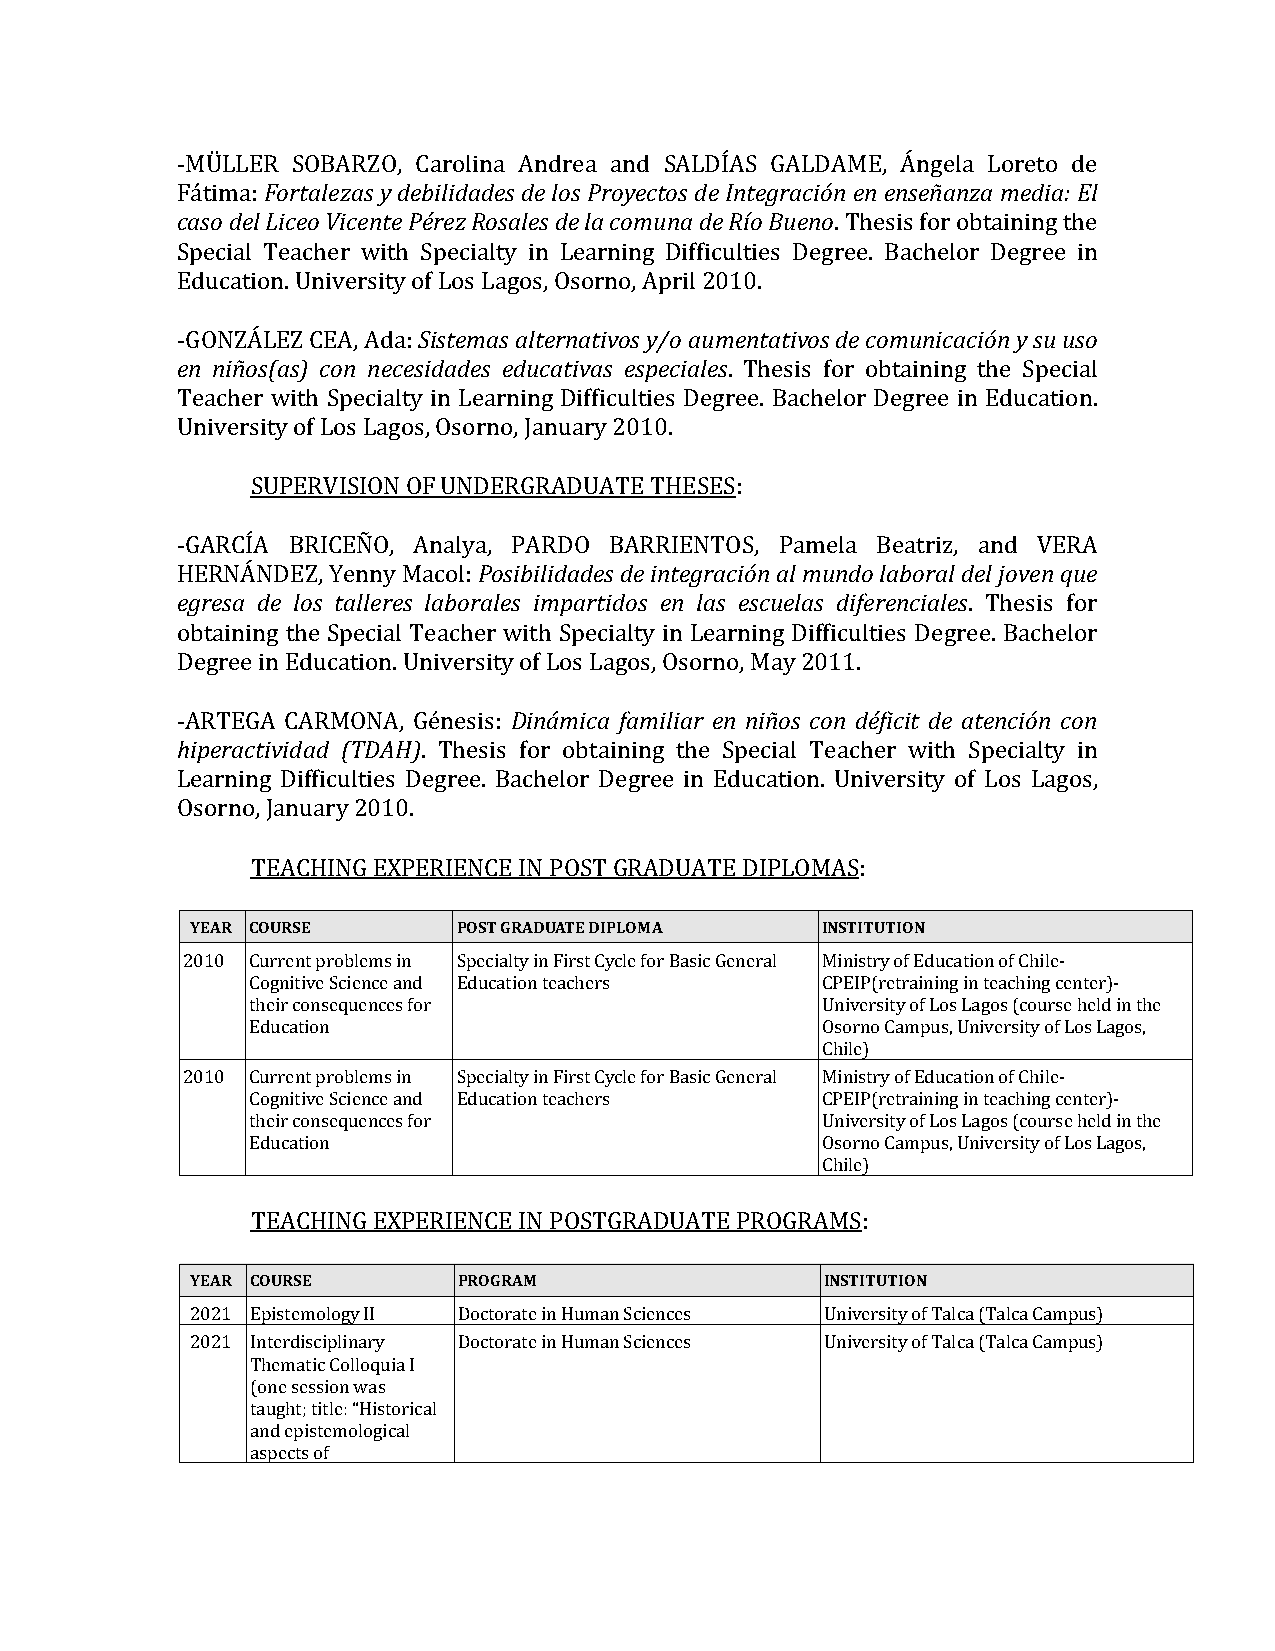
-MÜLLER SOBARZO, Carolina Andrea and SALDÍAS GALDAME, Ángela Loreto de
 Fátima: Fortalezas y debilidades de los Proyectos de Integración en enseñanza media: El
 caso del Liceo Vicente Pérez Rosales de la comuna de Río Bueno. Thesis for obtaining the
 Special Teacher with Specialty in Learning Difficulties Degree. Bachelor Degree in
 Education. University of Los Lagos, Osorno, April 2010.
 -GONZÁLEZ CEA, Ada: Sistemas alternativos y/o aumentativos de comunicación y su uso
 en niños(as) con necesidades educativas especiales. Thesis for obtaining the Special
 Teacher with Specialty in Learning Difficulties Degree. Bachelor Degree in Education.
 University of Los Lagos, Osorno, January 2010.
 SUPERVISION OF UNDERGRADUATE THESES:
 -GARCÍA BRICEÑO, Analya, PARDO BARRIENTOS, Pamela Beatriz, and VERA
 HERNÁNDEZ, Yenny Macol: Posibilidades de integración al mundo laboral del joven que
 egresa de los talleres laborales impartidos en las escuelas diferenciales. Thesis for
 obtaining the Special Teacher with Specialty in Learning Difficulties Degree. Bachelor
 Degree in Education. University of Los Lagos, Osorno, May 2011.
 -ARTEGA CARMONA, Génesis: Dinámica familiar en niños con déficit de atención con
 hiperactividad (TDAH). Thesis for obtaining the Special Teacher with Specialty in
 Learning Difficulties Degree. Bachelor Degree in Education. University of Los Lagos,
 Osorno, January 2010.
 TEACHING EXPERIENCE IN POST GRADUATE DIPLOMAS:
 YEAR COURSE      POST GRADUATE DIPLOMA   INSTITUTION
 2010 Current problems in Specialty in First Cycle for Basic General Ministry of Education of Chile-
 Cognitive Science and Education teachers CPEIP(retraining in teaching center)-
 their consequences for                University of Los Lagos (course held in the
 Education                             Osorno Campus, University of Los Lagos,
 Chile)
 2010 Current problems in Specialty in First Cycle for Basic General Ministry of Education of Chile-
 Cognitive Science and Education teachers CPEIP(retraining in teaching center)-
 their consequences for                University of Los Lagos (course held in the
 Education                             Osorno Campus, University of Los Lagos,
 Chile)
 TEACHING EXPERIENCE IN POSTGRADUATE PROGRAMS:
 YEAR COURSE      PROGRAM                  INSTITUTION
 2021 Epistemology II Doctorate in Human Sciences University of Talca (Talca Campus)
 2021 Interdisciplinary Doctorate in Human Sciences University of Talca (Talca Campus)
 Thematic Colloquia I
 (one session was
 taught; title: “Historical
 and epistemological
 aspects of